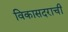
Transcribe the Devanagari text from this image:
विकासदराची